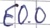
Text: E0.0